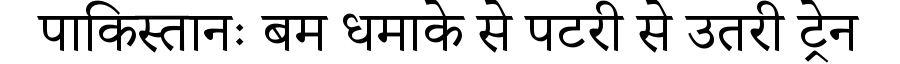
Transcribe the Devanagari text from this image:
पाकिस्तानः बम धमाके से पटरी से उतरी ट्रेन